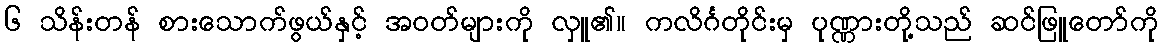
၆ သိန်းတန် စားသောက်ဖွယ်နှင့် အဝတ်များကို လှူ၏။ ကလိင်္ဂတိုင်းမှ ပုဏ္ဏားတို့သည် ဆင်ဖြူတော်ကို